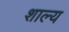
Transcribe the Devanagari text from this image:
शाल्य